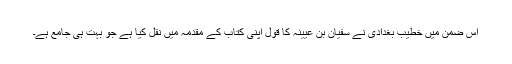
اس ضمن میں خطیب بغدادی نے سفیان بن عیینہ کا قول اپنی کتاب کے مقدمہ میں نقل کیا ہے جو بہت ہی جامع ہے۔